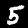
Label: 5